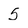
Character: 5